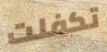
تكفلت